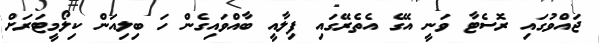
ޖައްވުގައި ރޮސެޓާ ވަނީ އޭގެ އެތެރޭގައި ފިލާއީ ބާއްވައިގެން ހަ ބިލިއަން ކިލޯމީޓަރަށް